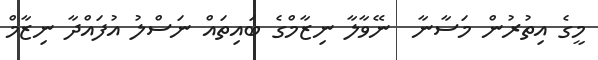
މީގެ އިތުރުން މަސާނާ  ނޭވާލާ ނިޒާމްގެ ބައިތައް ނަސްލު އުފައްދާ ނިޒާމް